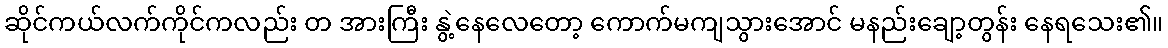
ဆိုင်ကယ်လက်ကိုင်ကလည်း တ အားကြီး နွဲ့နေလေတော့ ကောက်မကျသွားအောင် မနည်းချော့တွန်း နေရသေး၏။